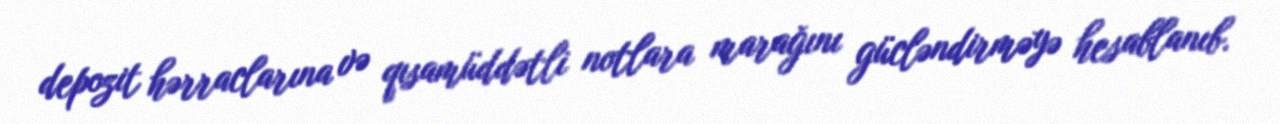
depozit hərraclarına və qısamüddətli notlara marağını gücləndirməyə hesablanıb.